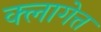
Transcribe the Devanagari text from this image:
क्लागेत्त